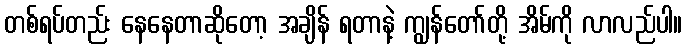
တစ်ရပ်တည်း နေနေတာဆိုတော့ အချိန် ရတာနဲ့ ကျွန်တော်တို့ အိမ်ကို လာလည်ပါ။